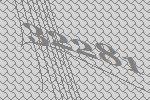
32281